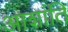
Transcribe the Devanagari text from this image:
आशांति